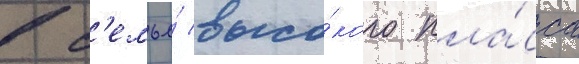
в с'емье́ высо́кого кла́сса